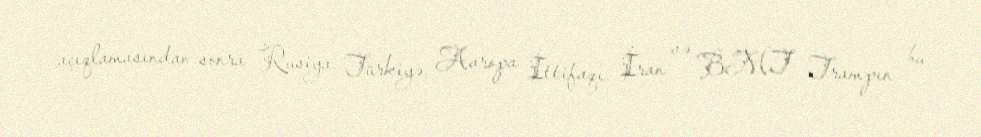
açıqlamasından sonra Rusiya, Türkiyə, Avropa İttifaqı, İran və BMT Trampın bu